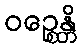
ဝဉ္စေန္တိ